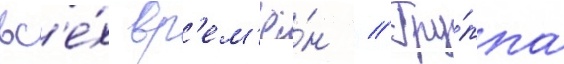
вс'е́х вр'ем'ё́н // Гру́ппа